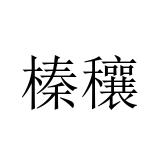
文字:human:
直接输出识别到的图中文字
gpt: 榛穰